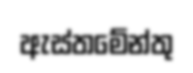
ඇස්තමේන්තු